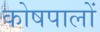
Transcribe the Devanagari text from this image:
कोषपालों